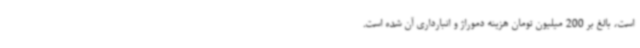
است، بالغ بر 200 میلیون تومان هزینه دموراژ و انبارداری آن شده است.